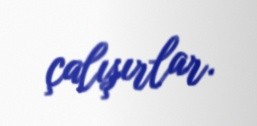
çalışırlar.